Report of the Indian Hemp Drugs Commission, 1894-1895 - Volume II
Year: 1894
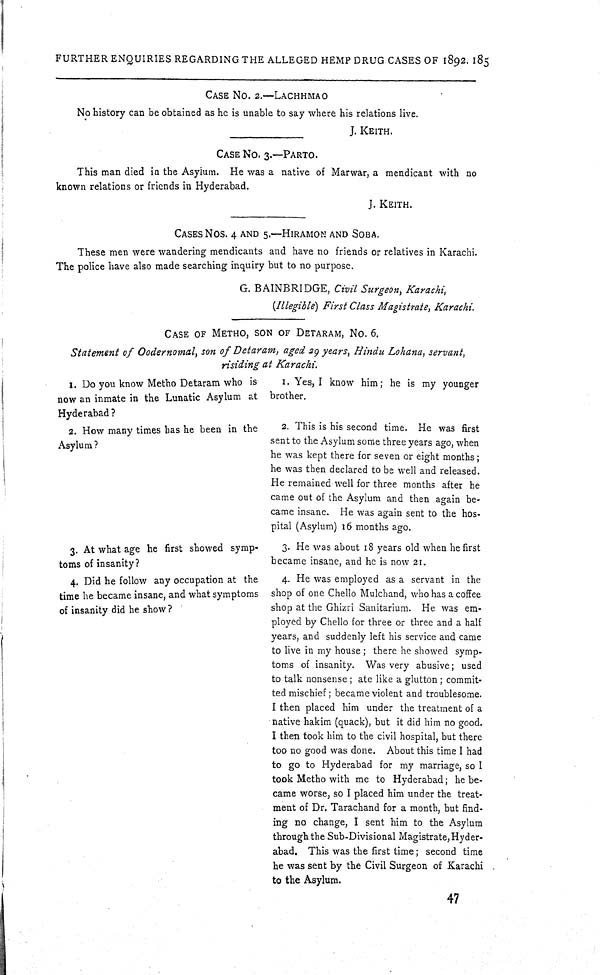
FURTHER ENQUIRIES REGARDING THE ALLEGED HEMP DRUG CASES OF 1892. 185
CASE NO. 2.—LACHHMAO
No history can be obtained as he is unable to say where his relations live.
J. KEITH.
CASE NO. 3.—PARTO.
This man died in the Asyium. He was a native of Marwar, a mendicant with no
known relations or friends in Hyderabad.
J. KEITH.
CASE NOS. 4 AND 5.—HIRAMON AND SOBA.
These men were wandering mendicants and have no friends or relatives in Karachi.
The police have also made searching inquiry but to no purpose.
G. BAINBRIDGE, Civil Surgeon, Karachi,
(Illegible) First Class Magistrate, Karachi.
CASE OF METHO, SON OF DETARAM, NO. 6.
Statement of Oodernomal, son of Detaram, aged 29 years, Hindu Lohana, servant,
risiding at Karachi.
1. Do you know Metho Detaram who is
now an inmate in the Lunatic Asylum at
Hyderabad?
1. Yes, I know him; he is my younger
brother.
2. How many times has he been in the
Asylum?
2. This is his second time. He was first
sent to the Asylum some three years ago, when
he was kept there for seven or eight months;
he was then declared to be well and released.
He remained well for three months after he
came out of the Asylum and then again be-
came insane. He was again sent to the hos-
pital (Asylum) 16 months ago.
3. At what age he first showed symp-
toms of insanity?
3. He was about 18 years old when he first
became insane, and he is now 21.
4. Did he follow any occupation at the
time he became insane, and what symptoms
of insanity did he show?
4. He was employed as a servant in the
shop of one Chello Mulchand, who has a coffee
shop at the Ghizri Sanitarium. He was em-
ployed by Chello for three or three and a half
years, and suddenly left his service and came
to live in my house; there he showed symp-
toms of insanity. Was very abusive; used
to talk nonsense; ate like a glutton; commit-
ted mischief; became violent and troublesome.
I then placed him under the treatment of a
native hakim (quack), but it did him no good.
I then took him to the civil hospital, but there
too no good was done. About this time I had
to go to Hyderabad for my marriage, so I
took Metho with me to Hyderabad; he be-
came worse, so I placed him under the treat-
ment of Dr. Tarachand for a month, but find-
ing no change, I sent him to the Asylum
through the Sub-Divisional Magistrate, Hyder-
abad. This was the first time; second time
he was sent by the Civil Surgeon of Karachi
to the Asylum.
47